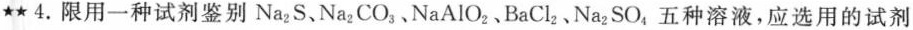
\star \star 4.限用一种试剂鉴别Na_{2}S、Na_{2}CO_{3}，NaAlO_{2}、BaCl_{2}、Na_{2}SO_{4}五种溶液，应选用的试剂